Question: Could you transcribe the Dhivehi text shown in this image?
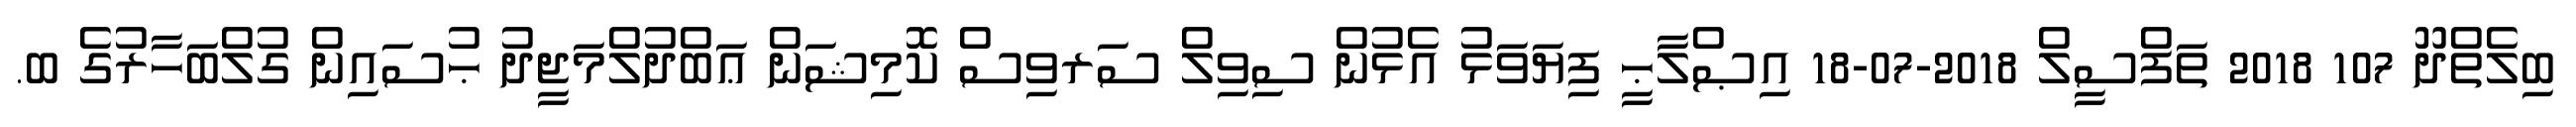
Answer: ބިލެތްދޫ 107 2018 ތަފްސީލް 2018-07-18 އިޞްލާޙީ ފިޔަވަޅު އެޅުން ސިވިލް ސަރވިސް ކޮމިޝަން ޢަބްދުލްމަޖީދު ޙުސައިން ގުލްބަހާރުގެ ބ.